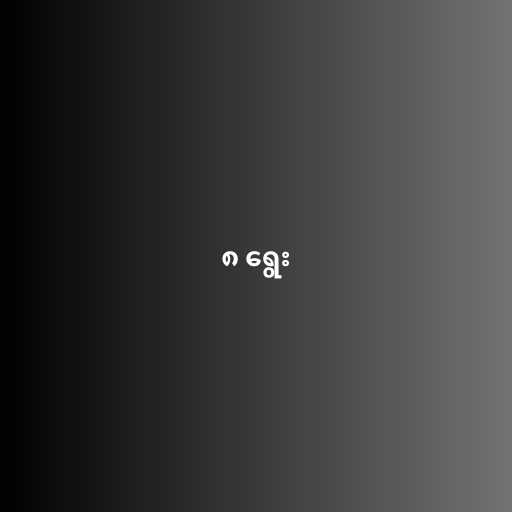
၈ ရွေး